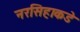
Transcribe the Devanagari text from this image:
नरसिहाकडे